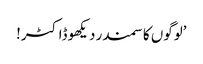
’لوگوں کا سمندر دیکھو ڈاکٹر!